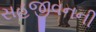
સહજીવનની